system: You are a helpful assistant.
user:
Analyze the provided spectrum to determine if it is a **Carbon Star (C-type)**.

- **Key Visual Indicators of Carbon Star:**
    - **(Primary):** Strong molecular absorption from **C₂ (diatomic carbon) "Swan Bands."** This is the **defining feature** of a carbon star.
        - **(Key Bandheads):** Sharp absorption edges are visible at approximately $5635$ Å, $5165$ Å (the strongest band), and $4737$ Å.
        - **(Line Profile):** Creates a distinct **"saw-tooth"** pattern. The key morphology is a sharp, steep bandhead on the **red (long-wavelength) side**, which then gradually tapers off (i.e., flux recovers) towards the **blue (short-wavelength) side**. *(This is the direct opposite of the TiO bands seen in M-type stars)*.

    - **(Secondary):** Intense **CN (cyanogen)** molecular absorption bands.
        - **(Key Bandheads):** Located in the blue and violet regions of the spectrum (e.g., near $4215$ Å and $3883$ Å).
        - **(Morphology):** These bands are extremely broad and act as a "blanket," absorbing the vast majority of blue and violet light. This creates a characteristic **"cliff"** or **"steep drop-off"** in the spectrum's flux at short wavelengths.

    - **(Key Confirmation):** Strong **CH absorption band (G-band)**.
        - **(Key Bandhead):** Located around $4300$ Å. The contribution from CH molecules to this band is exceptionally strong.

    - **(Overall Spectrum):**
        - The continuum is severely "chopped up" by these deep molecular bands, especially C₂, rather than appearing as a smooth curve.
        - Due to the heavy CN and C₂ absorption in the blue-green, the vast majority of the star's flux is concentrated in the red part of the spectrum, giving the star its characteristic deep red color.

Think first, call **spectral_visualization_tool** if needed to examine features in detail, then provide your final answer. Your response must adhere to the following strict rules:
1.  **Overall Structure:** Your response must follow the format `<think>...</think> <tool_call>...</tool_call> (if a tool is used) <answer>...</answer>`.
2.  **Tool Usage Constraint:** You may only make **one** tool call per turn.
3.  **Final Answer Format:** In the `<answer>` tag, your conclusion must be inside a `\boxed{}` command (e.g., `\boxed{YES}`), followed by your justification.

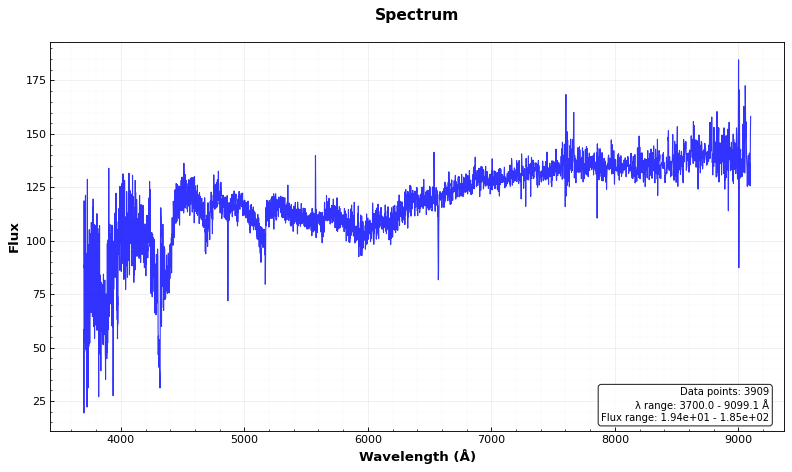
Answer: YES